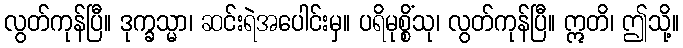
လွတ်ကုန်ပြီ။ ဒုက္ခသ္မာ၊ ဆင်းရဲအပေါင်းမှ။ ပရိမုစ္စိံသု၊ လွတ်ကုန်ပြီ။ ဣတိ၊ ဤသို့။